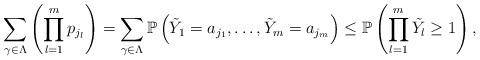
LaTeX: \begin{align*}\displaystyle \sum_{\gamma \in \Lambda} \left( \prod_{l=1}^{m} p_{j_l} \right) = \sum_{\gamma \in \Lambda} \mathbb{P} \left( \Tilde{Y}_1 = a_{j_1}, \ldots, \Tilde{Y}_m= a_{j_m} \right) \leq \mathbb{P} \left( \prod_{l=1}^m \Tilde{Y_l} \geq 1 \right),\end{align*}